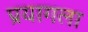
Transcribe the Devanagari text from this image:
प्रयागला